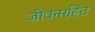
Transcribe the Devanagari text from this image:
जीवनरहित